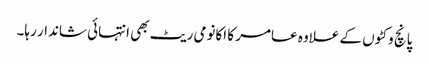
پانچ وکٹوں کے علاوہ عامر کا اکانومی ریٹ بھی انتہائی شاندار رہا۔